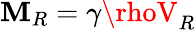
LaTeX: \mathbf{M}_{R}=\gamma\rhoV_{R}